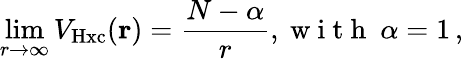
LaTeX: \operatorname*{lim}_{r\rightarrow\infty}V_{\mathrm{Hxc}}({\mathbf r})=\frac{N-\alpha}{r},\mathrm{~w~i~t~h~\ }\alpha=1\, ,